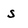
Character: S